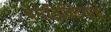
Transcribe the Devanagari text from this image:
बेनेडिक्टियाई